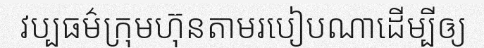
វប្បធម៌ក្រុមហ៊ុនតាមរបៀបណាដើម្បីឲ្យ